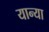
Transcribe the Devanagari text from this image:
यान्या